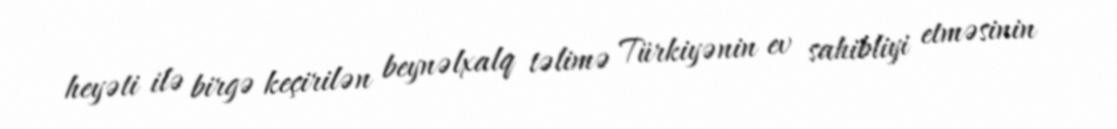
heyəti ilə birgə keçirilən beynəlxalq təlimə Türkiyənin ev sahibliyi etməsinin